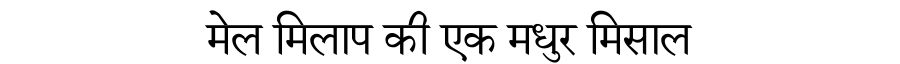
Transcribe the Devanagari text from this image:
मेल मिलाप की एक मधुर मिसाल